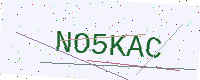
Text: NO5KAC